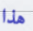
هذا